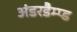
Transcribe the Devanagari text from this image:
अंडरडैम्प्ड